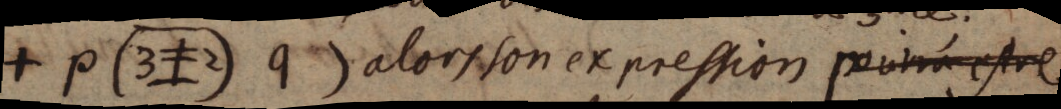
+ p (3≠2) q) alors son expression pourra estre